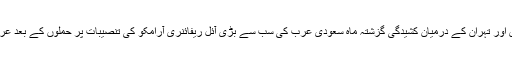
واضح رہے کہ ریاض اور تہران کے درمیان کشیدگی گزشتہ ماہ سعودی عرب کی سب سے بڑی آئل ریفائنری آرامکو کی تنصیبات پر حملوں کے بعد عروج پر پہنچ چکی ہے۔